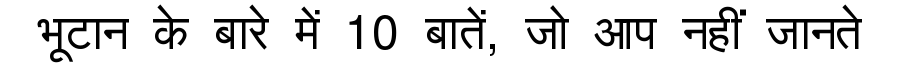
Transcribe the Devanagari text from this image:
भूटान के बारे में 10 बातें, जो आप नहीं जानते